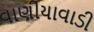
વાણીયાવાડી